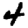
Digit: 4